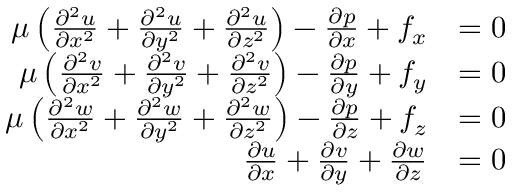
{ \begin{array} { r l } { \mu \left( { \frac { \partial ^ { 2 } u } { \partial x ^ { 2 } } } + { \frac { \partial ^ { 2 } u } { \partial y ^ { 2 } } } + { \frac { \partial ^ { 2 } u } { \partial z ^ { 2 } } } \right) - { \frac { \partial p } { \partial x } } + f _ { x } } & { = 0 } \\ { \mu \left( { \frac { \partial ^ { 2 } v } { \partial x ^ { 2 } } } + { \frac { \partial ^ { 2 } v } { \partial y ^ { 2 } } } + { \frac { \partial ^ { 2 } v } { \partial z ^ { 2 } } } \right) - { \frac { \partial p } { \partial y } } + f _ { y } } & { = 0 } \\ { \mu \left( { \frac { \partial ^ { 2 } w } { \partial x ^ { 2 } } } + { \frac { \partial ^ { 2 } w } { \partial y ^ { 2 } } } + { \frac { \partial ^ { 2 } w } { \partial z ^ { 2 } } } \right) - { \frac { \partial p } { \partial z } } + f _ { z } } & { = 0 } \\ { { \frac { \partial u } { \partial x } } + { \frac { \partial v } { \partial y } } + { \frac { \partial w } { \partial z } } } & { = 0 } \end{array} }